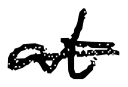
Text: at
Cross-out: single-line
Writing tool: digital_black